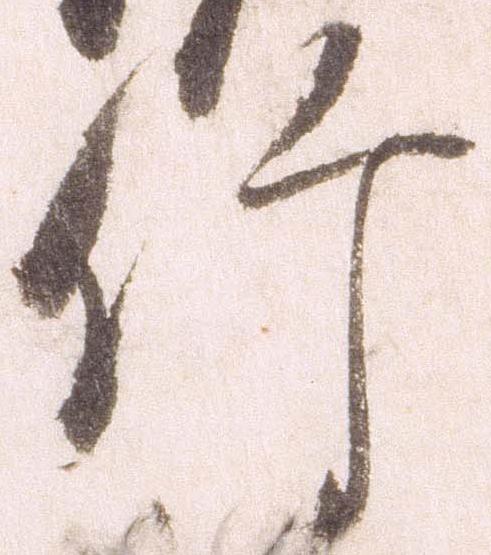
竹